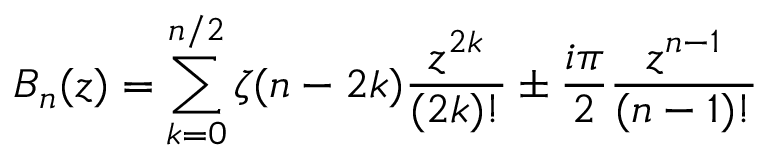
B _ { n } ( z ) = \sum _ { k = 0 } ^ { n / 2 } \zeta ( n - 2 k ) \frac { z ^ { 2 k } } { ( 2 k ) ! } \pm \frac { i \pi } { 2 } \frac { z ^ { n - 1 } } { ( n - 1 ) ! }